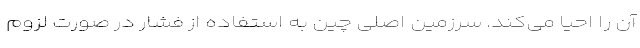
آن را احیا می‌کند. سرزمین اصلی چین به استفاده از فشار در صورت لزوم